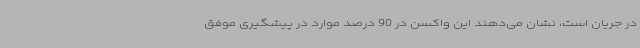
در جریان است، نشان می‌دهند این واکسن در 90 درصد موارد در پیشگیری موفق